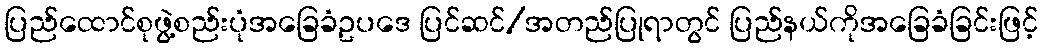
ပြည်ထောင်စုဖွဲ့စည်းပုံအခြေခံဥပဒေ ပြင်ဆင်/အတည်ပြုရာတွင် ပြည်နယ်ကိုအခြေခံခြင်းဖြင့်